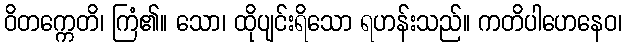
ဝိတက္ကေတိ၊ ကြံ၏။ သော၊ ထိုပျင်းရိသော ရဟန်းသည်။ ကတိပါဟေနေဝ၊